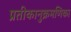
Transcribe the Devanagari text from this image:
प्रतीकानुक्रमणिका